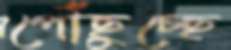
পৌঁছুচ্ছে